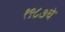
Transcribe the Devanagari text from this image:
१९८७चे